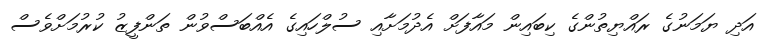
އަދި ޔަމަނުގެ ރައްޔިތުންގެ ކިބައިން މައާފަށް އެދުމަށާއި ސުލްހައިގެ އެއްބަސްވުން ތަންފީޒު ކުރުމަށްވެސް